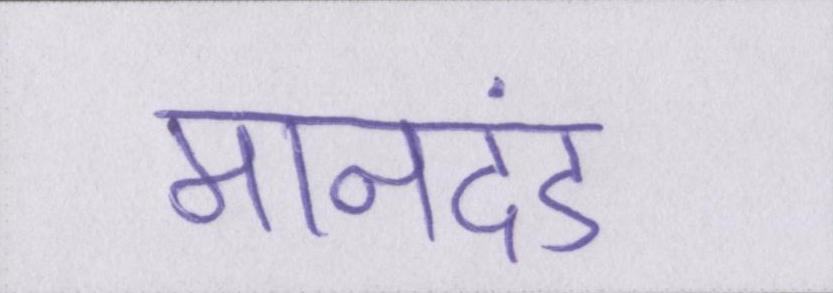
मानदंड